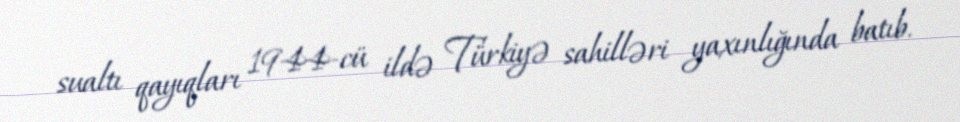
sualtı qayıqları 1944-cü ildə Türkiyə sahilləri yaxınlığında batıb.